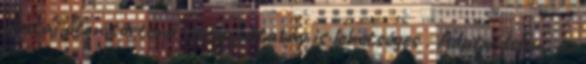
postai úton történő visszajuttatás is lehetséges . Adatvédelem, az